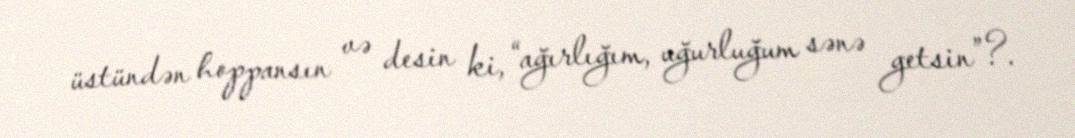
üstündən hoppansın və desin ki, “ağırlığım, uğurluğum sənə getsin”?.